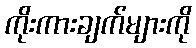
ကိုးကားချက်များကို